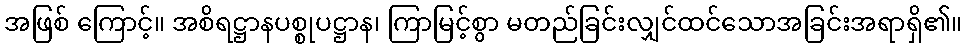
အဖြစ် ကြောင့်။ အစိရဋ္ဌာနပစ္စုပဋ္ဌာန၊ ကြာမြင့်စွာ မတည်ခြင်းလျှင်ထင်သောအခြင်းအရာရှိ၏။